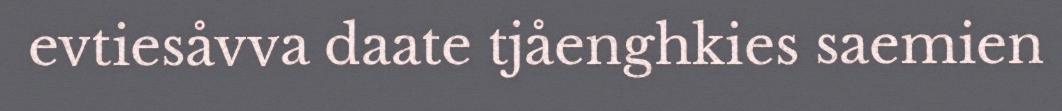
evtiesåvva daate tjåenghkies saemien